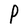
Character: P